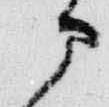
部